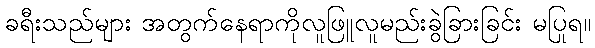
ခရီးသည်များ အတွက်နေရာကိုလူဖြူလူမည်းခွဲခြားခြင်း မပြုရ။